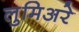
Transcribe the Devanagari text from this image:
लुमिअरे